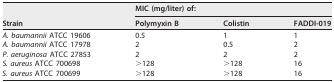
| <ROWSPAN=2> Strain | <COLSPAN=3> MIC (mg/liter) of: |
 | Polymyxin B | Colistin | FADDI-019 |
 | --- | --- | --- | --- |
 | A. baumannii ATCC 19606 | 0.5 | 1 | 1 |
 | A. baumannii ATCC 17978 | 2 | 0.5 | 2 |
 | P. aeruginosa ATCC 27853 | 2 | 2 | 2 |
 | S. aureus ATCC 700698 | >128 | >128 | 16 |
 | S. aureus ATCC 700699 | >128 | >128 | 16 |